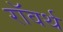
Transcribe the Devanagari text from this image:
रॉवर्थ